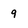
Character: 9